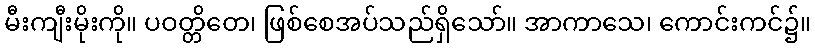
မီးကျီးမိုးကို။ ပဝတ္တိတေ၊ ဖြစ်စေအပ်သည်ရှိသော်။ အာကာသေ၊ ကောင်းကင်၌။